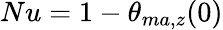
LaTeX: Nu=1-\theta_{ma,z}(0)